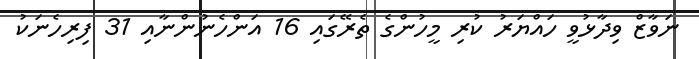
ނަވާޒް ވިދާޅުވީ ހައްޔަރު ކުރި މީހުންގެ ތެރޭގައި 16 އަންހެނުންނާއި 31 ފިރިހެނަކު